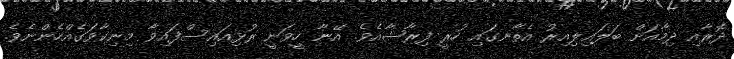
ދޮރާއި ދިމާއަށް ބަލައިލިއިރު އެތާނގައި ހުރީ ފިރާޝާއެވެ. އޭނާ ހީވަނީ ރުޅިއައިސްފައިވާ މިނިކާވަގެއްހެންނެވެ.